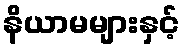
နိယာမများနှင့်